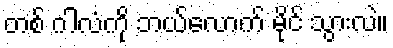
တစ် ဂါလံကို ဘယ်လောက် မိုင် သွားလဲ။